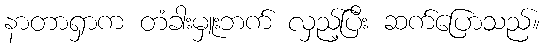
နာတာရှာက တံခါးမှူးဘက် လှည့်ပြီး ဆက်ပြောသည်။